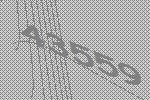
43559